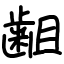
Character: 𪗱